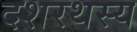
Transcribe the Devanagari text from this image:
दशरथस्य